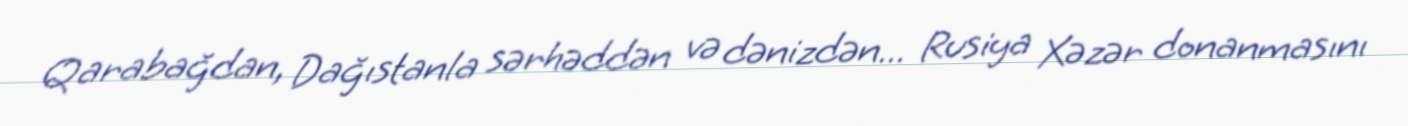
Qarabağdan, Dağıstanla sərhəddən və dənizdən... Rusiya Xəzər donanmasını